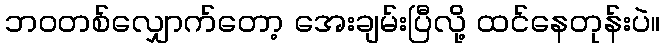
ဘဝတစ်လျှောက်တော့ အေးချမ်းပြီလို့ ထင်နေတုန်းပဲ။